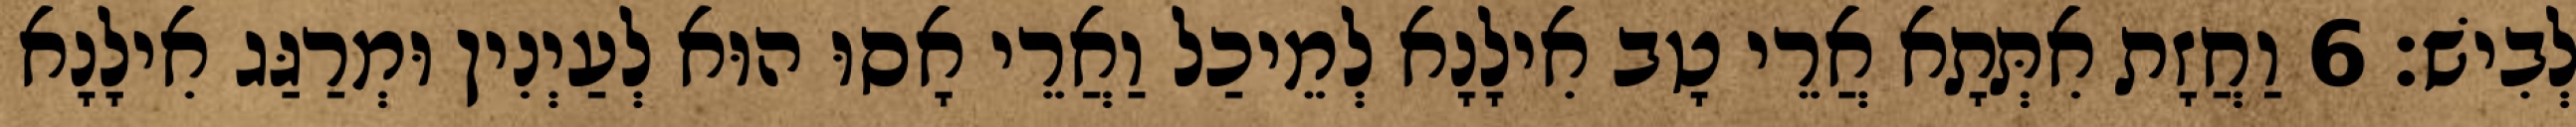
לְבִישׁ׃ 6 וַחֲזָת אִתְּתָא אֲרֵי טָב אִילָנָא לְמֵיכַל וַאֲרֵי אָסוּ הוּא לְעַיְנִין וּמְרַגַּג אִילָנָא